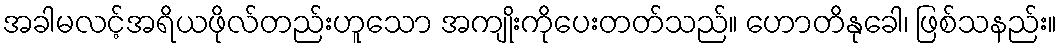
အခါမလင့်အရိယဖိုလ်တည်းဟူသော အကျိုးကိုပေးတတ်သည်။ ဟောတိနုခေါ၊ ဖြစ်သနည်း။